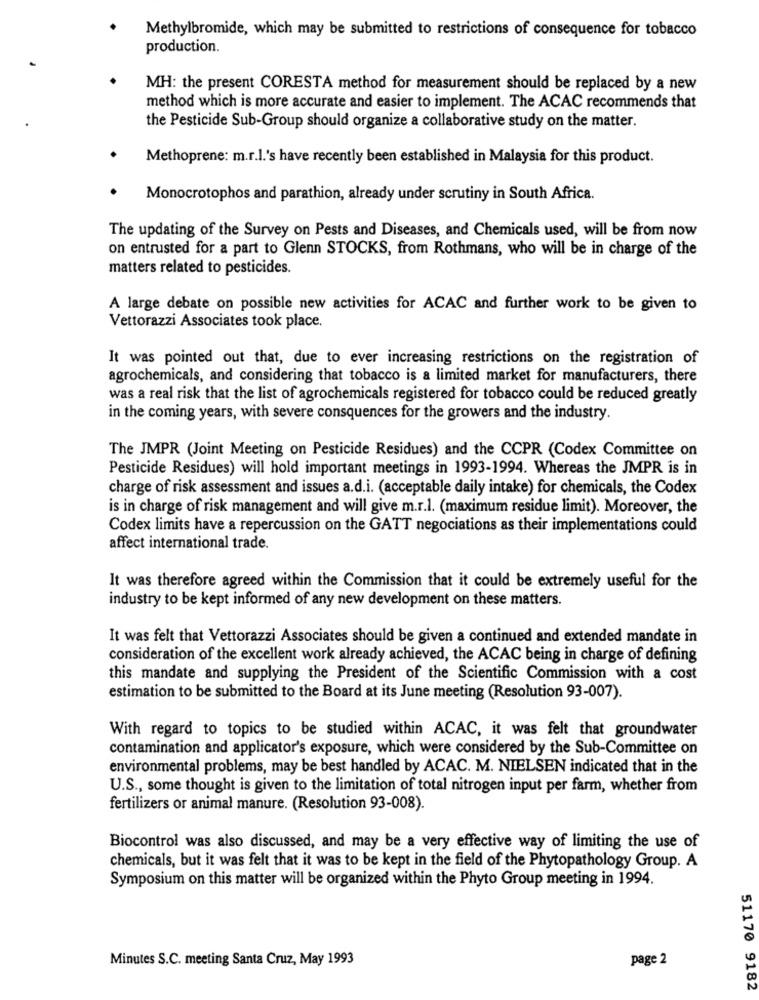
Methylbromide, which may be submitted to restrictions of consequence for tobacco
production.
MH: the present CORESTA method for measurement should be replaced by a new
method which is more accurate and easier to implement. The ACAC recommends that
the Pesticide Sub-Group should organize a collaborative study on the matter.
Methoprene: m.r.l.'s have recently been established in Malaysia for this product.
Monocrotophos and parathion, already under scrutiny in South Africa.
The updating of the Survey on Pests and Diseases, and Chemicals used, will be from now
on entrusted for a part to Glenn STOCKS, from Rothmans, who will be in charge of the
matters related to pesticides.
A large debate on possible new activities for ACAC and further work to be given to
Vettorazzi Associates took place.
It was pointed out that, due to ever increasing restrictions on the registration of
agrochemicals, and considering that tobacco is a limited market for manufacturers, there
was a real risk that the list of agrochemicals registered for tobacco could be reduced greatly
in the coming years, with severe consquences for the growers and the industry.
The JMPR (Joint Meeting on Pesticide Residues) and the CCPR (Codex Committee on
Pesticide Residues) will hold important meetings in 1993-1994. Whereas the JMPR is in
charge of risk assessment and issues a.d.i. (acceptable daily intake) for chemicals, the Codex
is in charge of risk management and will give m.r.l. (maximum residue limit). Moreover, the
Codex limits have a repercussion on the GATT negociations as their implementations could
affect international trade.
It was therefore agreed within the Commission that it could be extremely useful for the
industry to be kept informed of any new development on these matters.
It was felt that Vettorazzi Associates should be given a continued and extended mandate in
consideration of the excellent work already achieved, the ACAC being in charge of defining
this mandate and supplying the President of the Scientific Commission with a cost
estimation to be submitted to the Board at its June meeting (Resolution 93-007).
With regard to topics to be studied within ACAC, it was felt that groundwater
contamination and applicator's exposure, which were considered by the Sub-Committee on
environmental problems, may be best handled by ACAC. M. NIELSEN indicated that in the
U.S ., some thought is given to the limitation of total nitrogen input per farm, whether from
fertilizers or animal manure. (Resolution 93-008).
Biocontrol was also discussed, and may be a very effective way of limiting the use of
chemicals, but it was felt that it was to be kept in the field of the Phytopathology Group. A
Symposium on this matter will be organized within the Phyto Group meeting in 1994.
Minutes S.C. meeting Santa Cruz, May 1993
page 2
51170 9182